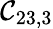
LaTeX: \mathcal{C}_{23,3}